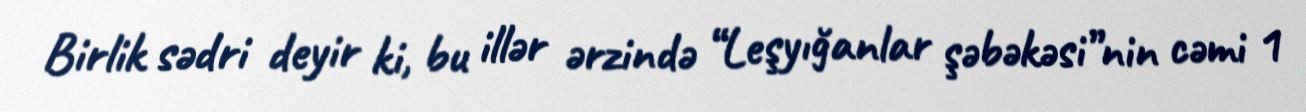
Birlik sədri deyir ki, bu illər ərzində “Leşyığanlar şəbəkəsi”nin cəmi 1